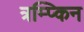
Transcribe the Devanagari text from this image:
त्रम्प्किन